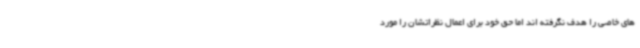
های خاصی را هدف نگرفته اند اما حق خود برای اعمال نظراتشان را مورد